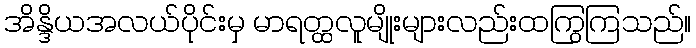
အိန္ဒိယအလယ်ပိုင်းမှ မာရတ္ထလူမျိုးများလည်းထကြွကြသည်။